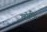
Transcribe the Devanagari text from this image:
व्हॉली